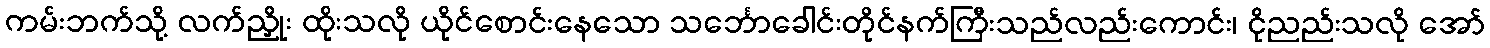
ကမ်းဘက်သို့ လက်ညှိုး ထိုးသလို ယိုင်စောင်းနေသော သင်္ဘောခေါင်းတိုင်နက်ကြီးသည်လည်းကောင်း၊ ငိုညည်းသလို အော်